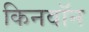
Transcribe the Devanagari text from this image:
किनवॉन